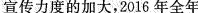
宣传力度的加大，2016年全年